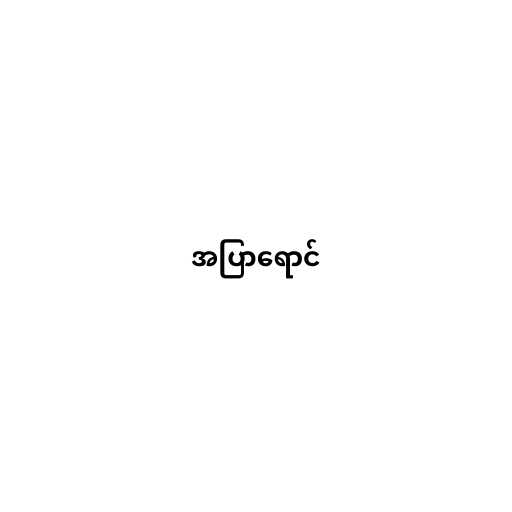
အပြာရောင်